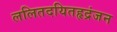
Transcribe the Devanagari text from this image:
ललितदयितहृद्रंजन